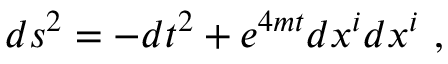
d s ^ { 2 } = - d t ^ { 2 } + e ^ { 4 m t } d x ^ { i } d x ^ { i } \ ,